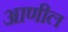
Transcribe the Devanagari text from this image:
आणील